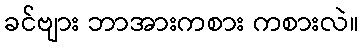
ခင်ဗျား ဘာအားကစား ကစားလဲ။